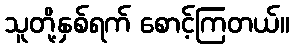
သူတို့နှစ်ရက် စောင့်ကြတယ်။